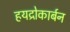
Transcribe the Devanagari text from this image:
हयद्रोकार्बन